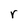
Character: r